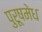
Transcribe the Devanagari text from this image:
पुरूषमेध